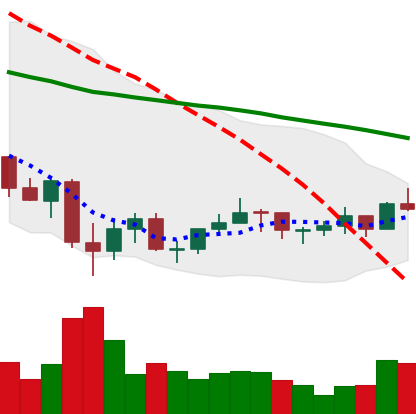
Ticker: LINK-USD
Chart end date: 2021-07-07
Forward return: -11.201%
Label: down_7plus